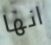
انها